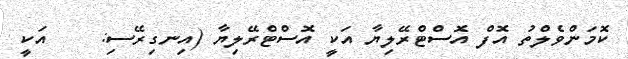
ކޮމަންވެލްތު އޮފް އޮސްޓްރޭލިޔާ އަކީ އޮސްޓްރޭލިޔާ (އިނގިރޭސި:    އަކީ